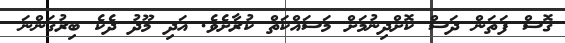
ގޮސް ފަތަން ދަސް ކޮށްދިނުމަށް މަސައްކަތް ކުރާށެވެ. އަދި މޫދު ދެކެ ބިރުގަންނަ